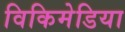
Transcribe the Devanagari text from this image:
विकिमेडिया